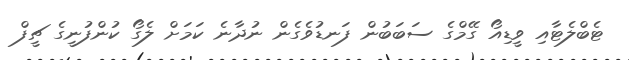
ޓެބްލެޓާއި ވީޑިއޯ ގޭމްގެ ސަބަބުން ފަނޑުވެގެން ނުދާނެ ކަމަށް ލެގޯ ކުންފުނީގެ ޗީފް